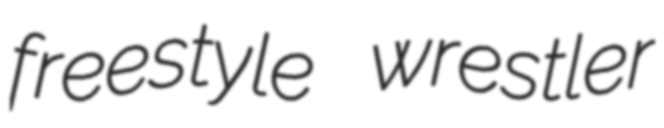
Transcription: freestyle wrestler